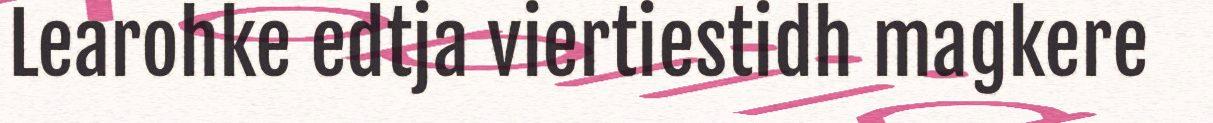
Learohke edtja viertiestidh magkere